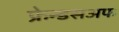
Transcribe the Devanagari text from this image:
फ्रेन्डसअफ